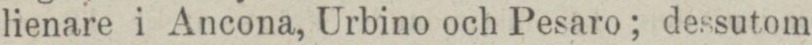
lienare i Ancona, Urbino och Pesaro; dessutom